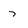
Character: 7